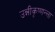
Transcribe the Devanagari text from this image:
उन्नीकृष्णन्ला